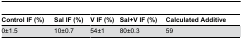
<table><thead><tr><td><b>Control IF (%)</b></td><td><b>Sal IF (%)</b></td><td><b>V IF (%)</b></td><td><b>Sal+V IF (%)</b></td><td><b>Calculated Additive</b></td></tr></thead><tbody><tr><td>0±1.5</td><td>10±0.7</td><td>54±1</td><td>80±0.3</td><td>59</td></tr></tbody></table>